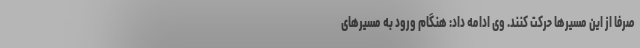
صرفاً از این مسیرها حرکت کنند. وی ادامه داد: هنگام ورود به مسیرهای